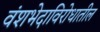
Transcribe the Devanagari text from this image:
वंशभेदाविरोधातील